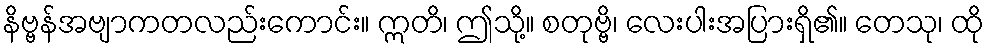
နိဗ္ဗန်အဗျာကတလည်းကောင်း။ ဣတိ၊ ဤသို့။ စတုဗ္ဗိ၊ လေးပါးအပြားရှိ၏။ တေသု၊ ထို